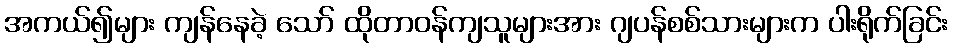
အကယ်၍များ ကျန်နေခဲ့ သော် ထိုတာဝန်ကျသူများအား ဂျပန်စစ်သားများက ပါးရိုက်ခြင်း